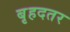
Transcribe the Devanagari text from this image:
बृहदतर